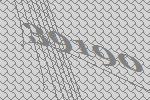
39190